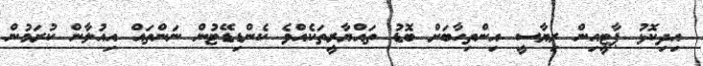
އިދިކޮޅު ޕާޓީއިން ރިޔާސީ އިންތިހާބަށް ބޮޑު ތައްޔާރީތަކެއްވެ ކެންޑިޑޭޓުން ނަންތައް އިއުލާން ކުރަމުން